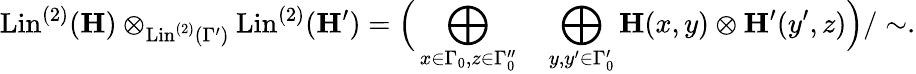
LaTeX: \mathrm{Lin}^{(2)}(\mathbf{H})\otimes_{{\mathrm{Lin}^{(2)}(\Gamma^{\prime})}}\mathrm{Lin}^{(2)}(\mathbf{H}^{\prime})=\Big(\bigoplus_{x\in\Gamma_{0},z\in\Gamma_{0}^{\prime\prime}}\quad\bigoplus_{y,y^{\prime}\in\Gamma_{0}^{\prime}}\mathbf{H}(x,y)\otimes\mathbf{H}^{\prime}(y^{\prime},z)\Big)/\sim.